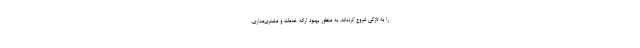
را به تازگی شروع کرده‌اند، به منظور بهبود ارائه خدمات و مشتری‌مداری،